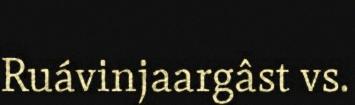
Ruávinjaargâst vs.